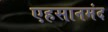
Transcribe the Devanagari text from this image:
एहसानमंद